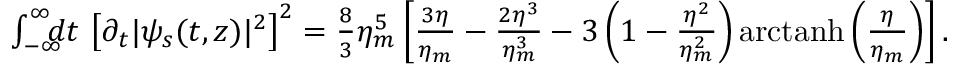
\begin{array} { r l r } & { } & { \! \! \! \! \! \! \! \! \! \! \! \! \! \! \! \! \! \! \! \! \int _ { - \infty } ^ { \infty } \! \! \! \! d t \, \left[ \partial _ { t } | \psi _ { s } ( t , z ) | ^ { 2 } \right] ^ { 2 } = \frac { 8 } { 3 } \eta _ { m } ^ { 5 } \left[ \frac { 3 \eta } { \eta _ { m } } - \frac { 2 \eta ^ { 3 } } { \eta _ { m } ^ { 3 } } - 3 \left( 1 - \frac { \eta ^ { 2 } } { \eta _ { m } ^ { 2 } } \right) \mathrm { a r c t a n h } \left( \frac { \eta } { \eta _ { m } } \right) \right] . } \end{array}